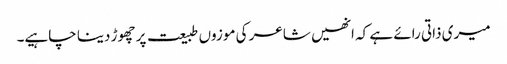
میری ذاتی رائے ہے کہ انھیں شاعر کی موزوں طبیعت پر چھوڑ دینا چاہیے۔